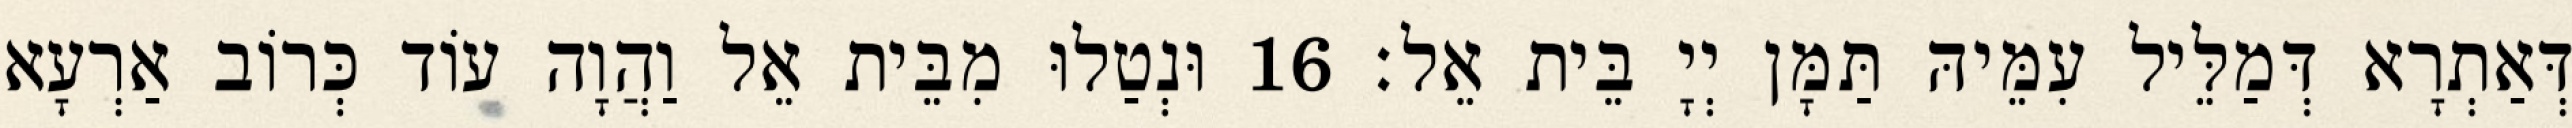
דְּאַתְרָא דְּמַלֵּיל עִמֵּיהּ תַּמָּן יְיָ בֵּית אֵל׃ 16 וּנְטַלוּ מִבֵּית אֵל וַהֲוָה עוֹד כְּרוֹב אַרְעָא